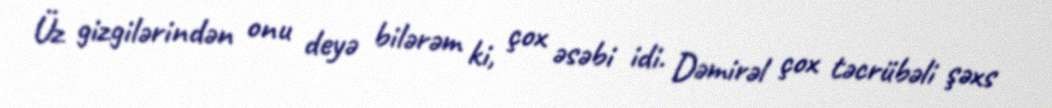
Üz gizgilərindən onu deyə bilərəm ki, çox əsəbi idi. Dəmirəl çox təcrübəli şəxs